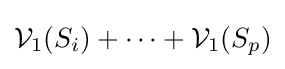
{\mathcal {V}}_{1}(S_{i})+\dots +{\mathcal {V}}_{1}(S_{p})